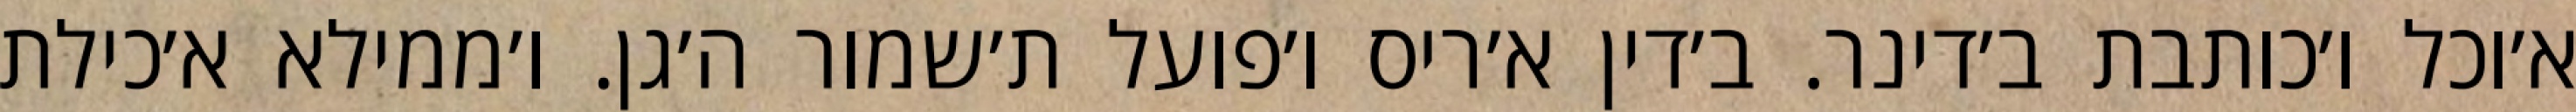
א׳וכל ו׳כותבת ב׳דינר. ב׳דין א׳ריס ו׳פועל ת׳שמור ה׳גן. ו׳ממילא א׳כילת